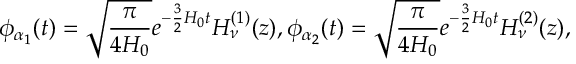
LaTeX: \phi _ { \alpha _ { 1 } } ( t ) = \sqrt { \frac { \pi } { 4 H _ { 0 } } } e ^ { - \frac { 3 } { 2 } H _ { 0 } t } H _ { \nu } ^ { ( 1 ) } ( z ) , \phi _ { \alpha _ { 2 } } ( t ) = \sqrt { \frac { \pi } { 4 H _ { 0 } } } e ^ { - \frac { 3 } { 2 } H _ { 0 } t } H _ { \nu } ^ { ( 2 ) } ( z ) ,